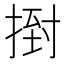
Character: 𢰙